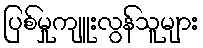
ပြစ်မှုကျူးလွန်သူများ